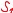
Text: S1